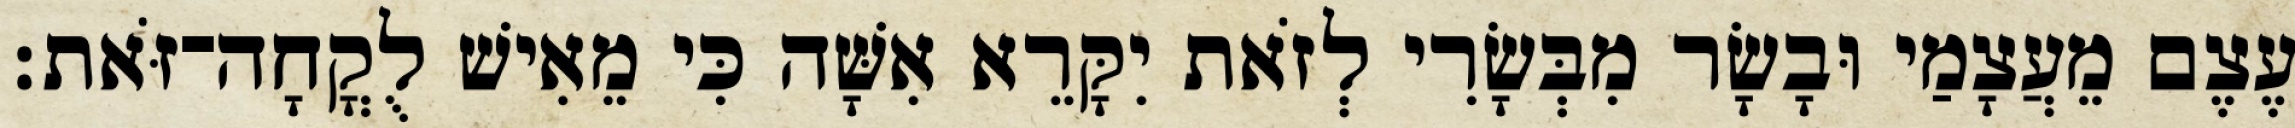
עֶצֶם מֵעֲצָמַי וּבָשָׂר מִבְּשָׂרִי לְזֹאת יִקָּרֵא אִשָּׁה כִּי מֵאִישׁ לֻקֳחָה־זֹּאת׃